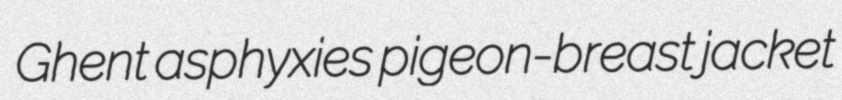
Ghent asphyxies pigeon-breast jacket